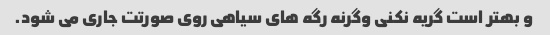
و بهتر است گریه نکنی وگرنه رگه های سیاهی روی صورتت جاری می شود.